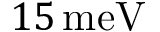
1 5 \, \mathrm { m e V }